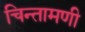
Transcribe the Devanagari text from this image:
चिन्तामणी